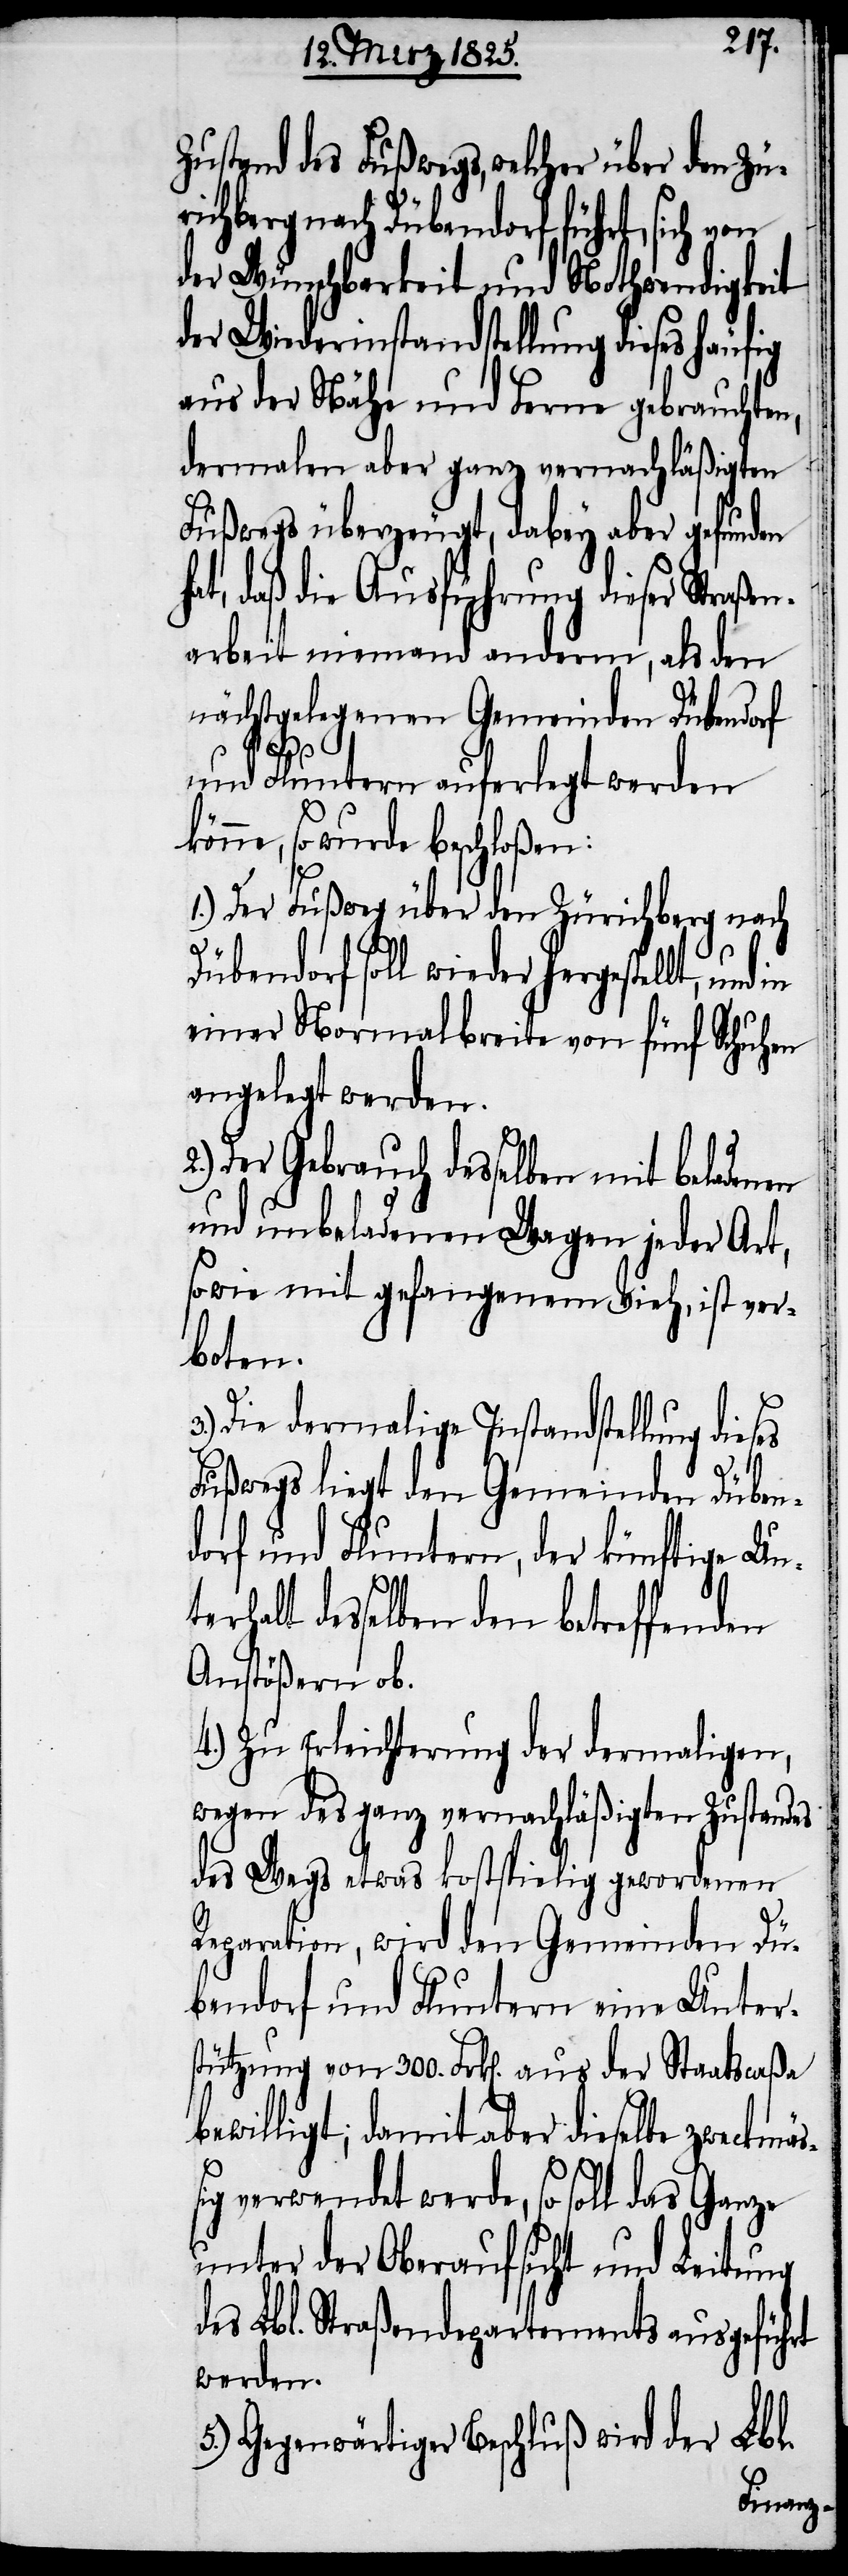
Zustand des Fußwegs, welcher über den Zü¬
richberg nach Dübendorf führt, sich von
der Wünschbarkeit und Nothwendigkeit
der Wiederinstandstellung dieses häufig
aus der Nähe und Ferne gebrauchten,
dermalen aber ganz vernachläßigten
Fußwegs überzeugt, dabey aber gefunden
at, daß die Ausführung dieser Straßen¬
arbeit niemand anderm, als den
nächstgelegenen Gemeinden Dübendorf
und Fluntern auferlegt werden
2.)
könne, so wurde beschloßen:
1.) Der Fußweg über den Zürichberg nach
Dübendorf soll wieder hergestellt, und
einer Normalbreite von fünf Schuhen
angelegt werden.
Der Gebrauch desselben mit beladenen
und unbeladenen Wagen jeder Art,
sowie mit gefangenem Vieh, ist ver¬
boten.
3.) Die dermalige Instandstellung dieses
Fußwegs liegt den Gemeinden Düben¬
dorf und Fluntern, der künftige Un¬
terhalt desselben den betreffenden
Anstößern ob.
4.) Zu Erleichterung der dermaligen,
wegen des ganz vernachläßigten Zustandes
des Wegs etwas kostspielig gewordenen
Reparation, wird den Gemeinden Dü¬
bendorf und Fluntern eine Unter¬
stützung von 3000. Frk[en]. aus der Staatscaßa
bewilligt; damit aber dieselbe zweckmäß¬
ig verwendet werde, so soll das Ganze
unter der Oberaufsicht und Leitung
des Lbl. Straßendepartements ausgeführt
werden.
Lbl.
5.) Gegenwärtiger Beschluß wird der